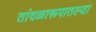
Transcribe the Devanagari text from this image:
तांदळारूपातल्या